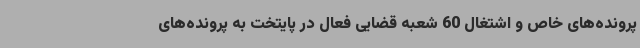
پرونده‌های خاص و اشتغال 60 شعبه قضایی فعال در پایتخت به پرونده‌های